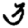
Digit: 3